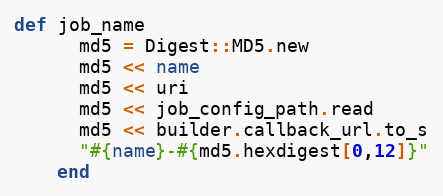
Language: Ruby
def job_name
      md5 = Digest::MD5.new
      md5 << name
      md5 << uri
      md5 << job_config_path.read
      md5 << builder.callback_url.to_s
      "#{name}-#{md5.hexdigest[0,12]}"
    end